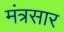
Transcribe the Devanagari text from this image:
मंत्रसार